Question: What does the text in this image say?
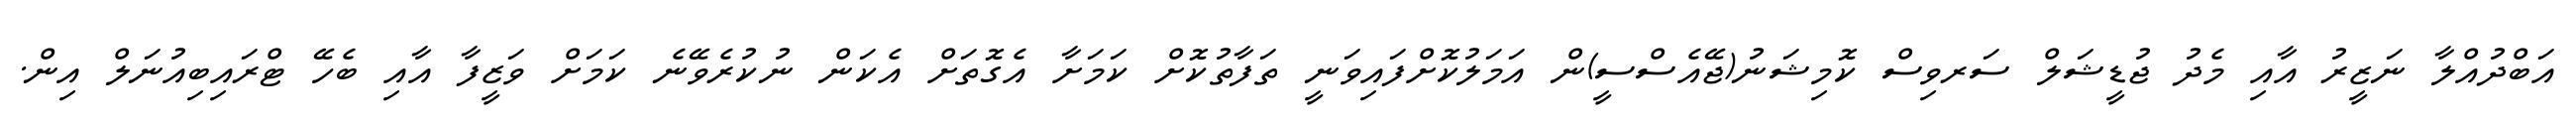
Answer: އަބްދުއްލާ ނަޒީރު އާއި މެދު ޖުޑީޝަލް ސަރވިސް ކޮމިޝަނު(ޖޭއެސްސީ)ން އަމަލުކޮށްފައިވަނީ ތަފާތުކޮށް ކަމަށާ އެގޮތަށް އެކަން ނުކުރެވޭނެ ކަމަށް ވަޒީފާ އާއި ބެހޭ ޓްރައިބިއުނަލް އިން.